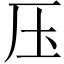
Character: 压